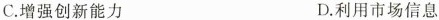
C.增强创新能力 D.利用市场信息